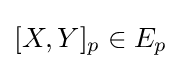
[X,Y]_{p}\in E_{p}